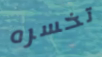
تخسره